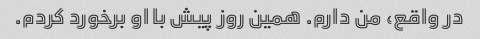
در واقع، من دارم. همین روز پیش با او برخورد کردم.